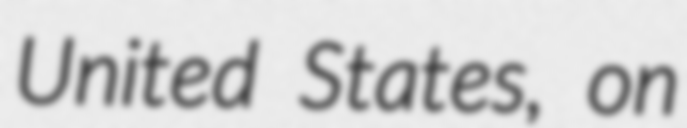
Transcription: United States, on